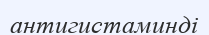
антигистаминді